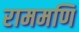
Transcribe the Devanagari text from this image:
राममणि